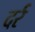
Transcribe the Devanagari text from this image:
दर्र